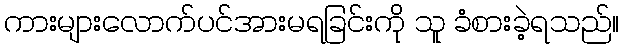
ကားများလောက်ပင်အားမရခြင်းကို သူ ခံစားခဲ့ရသည်။